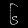
Digit: ၆